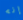
إنه